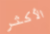
الأكثر